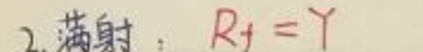
2.满射:$R_{f}=Y$